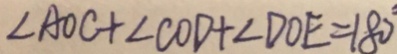
\angle A O C + \angle C O D + \angle D O E = 1 8 0 ^ { \circ }